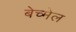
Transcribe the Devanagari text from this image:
बेच्मेल